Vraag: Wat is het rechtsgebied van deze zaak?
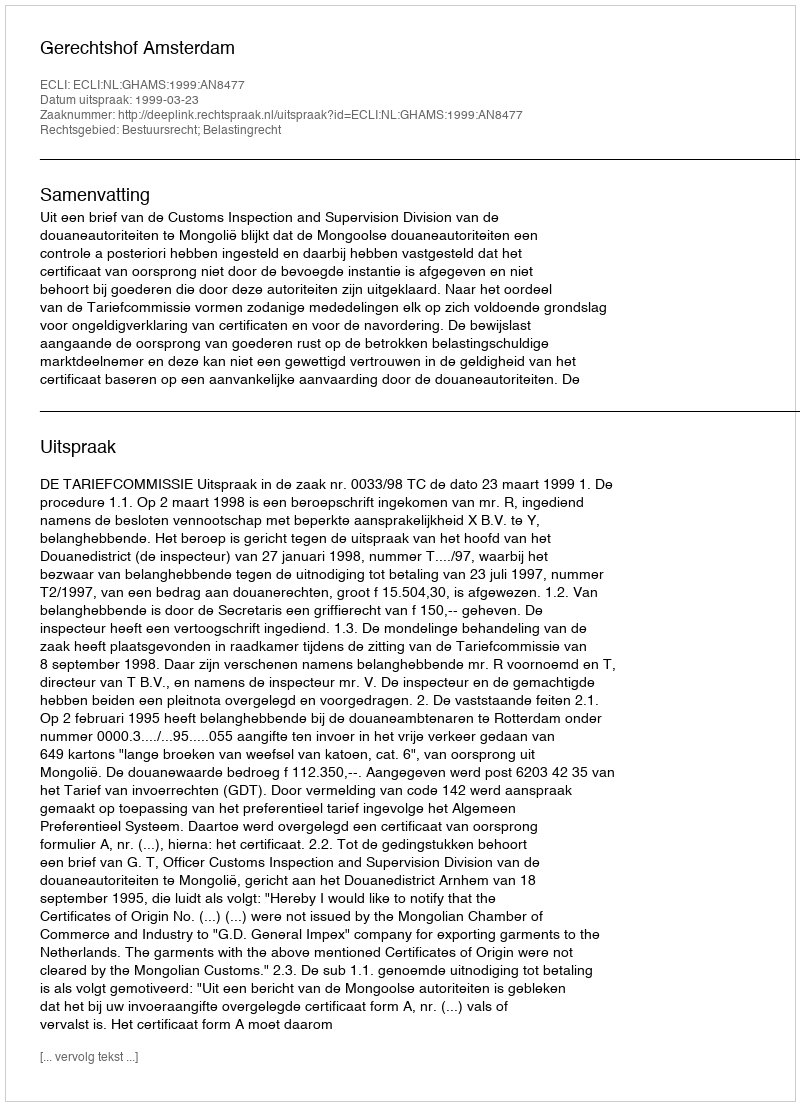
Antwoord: Bestuursrecht; Belastingrecht